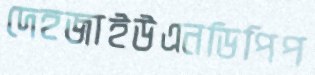
দেহজাইউএনডিপিপ